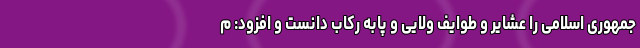
جمهوری اسلامی را عشایر و طوایف ولایی و پابه رکاب دانست و افزود: م